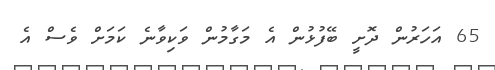
65 އަހަރުން ދޮށީ ބޭފުޅުން އެ މަގާމުން ވަކިވާނެ ކަމަށް ވެސް އެ